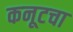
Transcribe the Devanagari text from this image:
कनूटचा